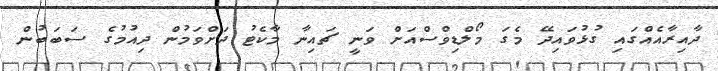
ދާއިރާއެއްގައި ގުޅުވައިދޭ މެގަ މޯލްޑިވްސްއަށް ވަނީ ޗައިނާ މާކެޓު ދަށްވަމުން ދިއުމުގެ ސަބަބުން